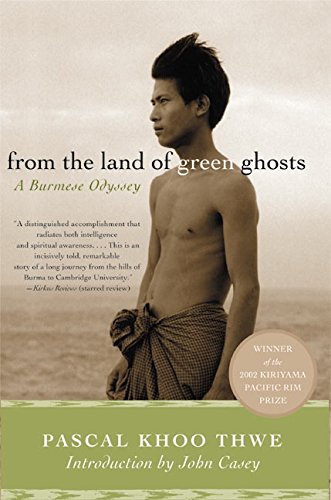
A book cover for From the Land of Green Ghosts: A Burmese Odyssey; Pascal Khoo Thwe; Biographies & Memoirs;